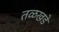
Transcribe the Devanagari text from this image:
तळखडे